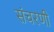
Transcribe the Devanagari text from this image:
संचरणी